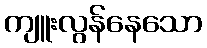
ကျူးလွန်နေသော